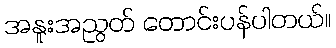
အနူးအညွတ် တောင်းပန်ပါတယ်။